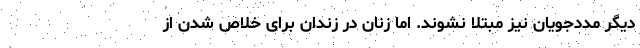
دیگر مددجویان نیز مبتلا نشوند. اما زنان در زندان برای خلاص شدن از